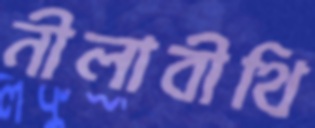
নীলাবীথি